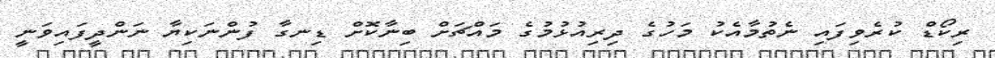
ރިކޯޑް ކުރެވިފައި ނެތުމާއެކު މަހުގެ ދިރިއުޅުމުގެ މައްޗަށް ބިނާކޮށް ޑިނގާ ފުންނަކިޔާ ނަންދީފައިވަނީ